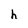
Character: h